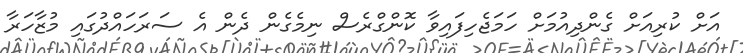
އަށް ކުރިއަށް ގެންދިއުމަށް ހަމަޖެހިފައިވާ ކޮންގްރެސް ނިމެގެން ދެން އެ ސަރަހައްދުގައި މުޒާހަރާ